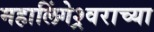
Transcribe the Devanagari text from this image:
महालिंगेश्र्वराच्या